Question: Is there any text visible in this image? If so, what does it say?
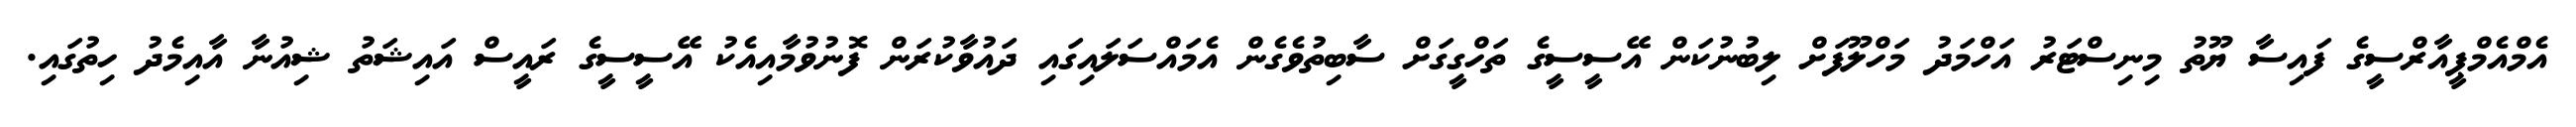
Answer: އެމްއެމްޕީއާރްސީގެ ފައިސާ ޔޫތު މިނިސްޓަރު އަހްމަދު މަހްލޫފަށް ލިބުނުކަން އޭސީސީގެ ތަހްގީގަށް ސާބިތުވެގެން އެމައްސަލައިގައި ދައުވާކުރަން ފޮނުވުމާއިއެކު އޭސީސީގެ ރައީސް އައިޝަތު ޝިއުނާ އާއިމެދު ހިތުގައި.